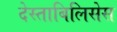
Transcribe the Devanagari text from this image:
देस्ताबिलिसेस